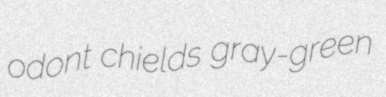
odont chields gray-green